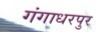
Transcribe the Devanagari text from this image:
गंगाधरपुर